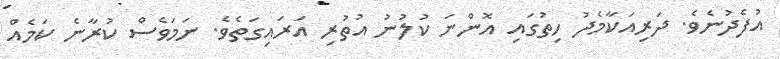
އުފެދުނެވެ. ދަރިއަކާމެދު ހިތުގައި އޮންނަ ކުލުނު އުތުރި އަރައިގަތެވެ. ނަމަވެސް ކުރާނެ ކަމެއް